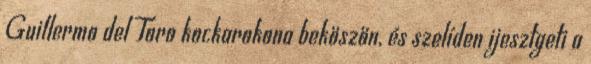
Guillermo del Toro kockarokona beköszön, és szelíden ijesztgeti a